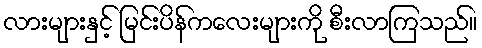
လားများနှင့် မြင်းပိန်ကလေးများကို စီးလာကြသည်။